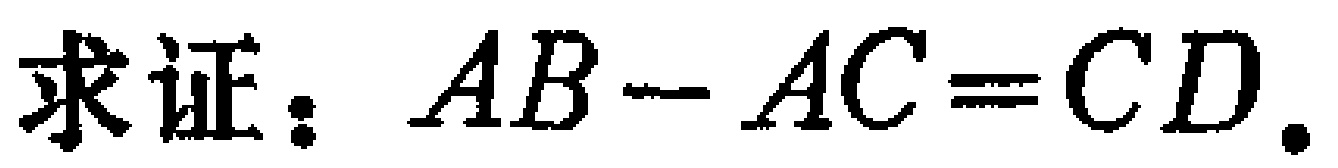
求证：\(AB - AC = CD\).